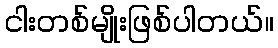
ငါးတစ်မျိုးဖြစ်ပါတယ်။